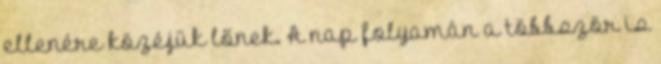
ellenére közéjük lőnek. A nap folyamán a többször is